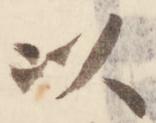
以